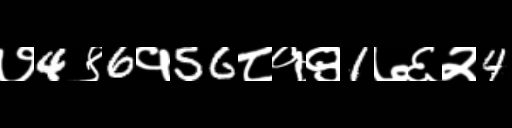
Text: ७4९6१56८१९1७६२4